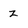
Character: z